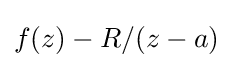
f(z)-R/(z-a)